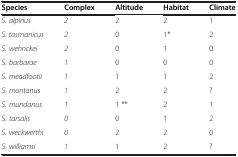
| Species | Complex | Altitude | Habitat | Climate |
 | --- | --- | --- | --- | --- |
 | S. alpinus | 2 | 2 | 2 | 1 |
 | S. tasmanicus | 2 | 0 | 1* | 2 |
 | S. wehnckei | 2 | 0 | 1 | 0 |
 | S. barbarae | 1 | 0 | 0 | 0 |
 | S. meadfootii | 1 | 1 | 1 | 2 |
 | S. montanus | 1 | 2 | 2 | ? |
 | S. mundanus | 1 | 1 ** | 2 | 1 |
 | S. tarsalis | 0 | 0 | 1 | 2 |
 | S. weckwerthi | 0 | 2 | 2 | 0 |
 | S. williamsi | 1 | 1 | 2 | ? |